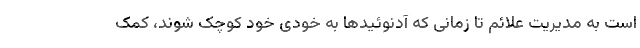
است به مدیریت علائم تا زمانی که آدنوئیدها به خودی خود کوچک شوند، کمک